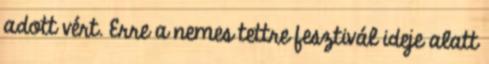
adott vért. Erre a nemes tettre fesztivál ideje alatt